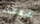
شككت